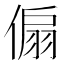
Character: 傓